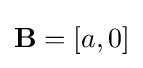
\mathbf {B} =[a,0]